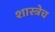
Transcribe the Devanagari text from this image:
शास्त्रेच